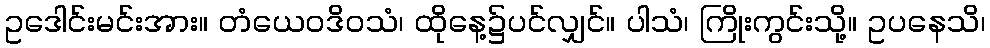
ဥဒေါင်းမင်းအား။ တံယေဝဒိဝသံ၊ ထိုနေ့၌ပင်လျှင်။ ပါသံ၊ ကြိုးကွင်းသို့။ ဥပနေသိ၊